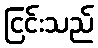
ငြင်းသည်